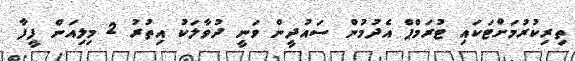
ތިރިކުރުމަށްޓަކައި ޓުރަމްޕް އެދުމުން ސައުދީން ވަނީ ދުވާލަކު އިތުރު 2 މިލިއަން ފީފާ